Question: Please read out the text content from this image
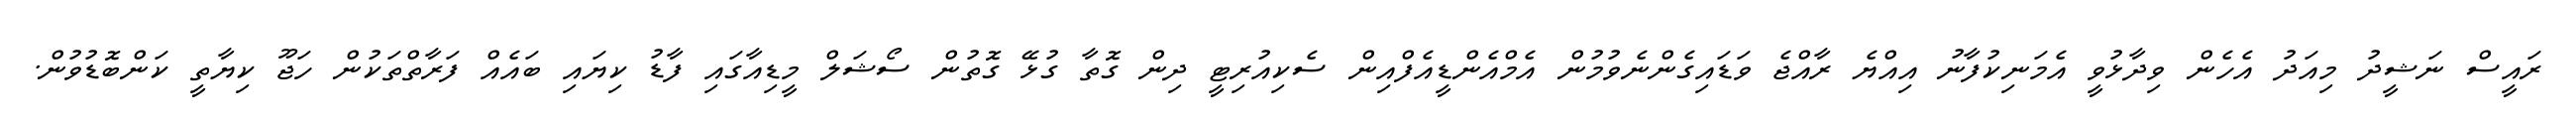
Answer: ރައީސް ނަޝީދު މިއަދު އެހެން ވިދާޅުވީ އެމަނިކުފާނު އިއްޔެ ރާއްޖެ ވަޑައިގެންނެވުމުން އެމްއެންޑީއެފްއިން ސެކިއުރިޓީ ދިން ގޮތާ ގުޅޭ ގޮތުން ސޯޝަލް މީޑިއާގައި ފާޑު ކިޔައި ބައެއް ފަރާތްތަކުން ހަޖޫ ކިޔާތީ ކަންބޮޑުވުން.